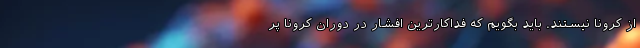
از کرونا نیستند. باید بگویم که فداکارترین افشار در دوران کرونا پر